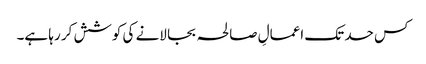
کس حد تک اعمالِ صالحہ بجا لانے کی کوشش کر رہا ہے۔